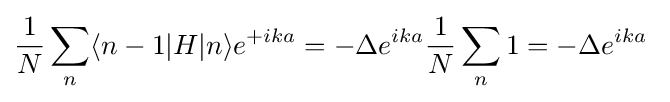
{\frac {1}{N}}\sum _{n}\langle n-1|H|n\rangle e^{+ika}=-\Delta e^{ika}{\frac {1}{N}}\sum _{n}1=-\Delta e^{ika}\